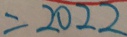
= 2 0 2 2